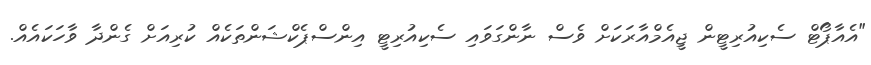
"އެއާޕޯޓް ސެކިއުރިޓީން ޖީއެމްއާރަކަށް ވެސް ނާންގަވައި ސެކިއުރިޓީ އިންސްޕެކްޝަންތަކެއް ކުރިއަށް ގެންދާ ވާހަކައެއް.